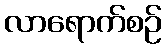
လာရောက်စဉ်